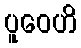
ပူဝေဟိ